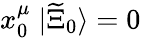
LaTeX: x_{0}^{\mu}\; |\widetilde{\Xi}_{0}\rangle=0\,